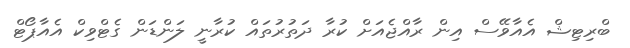
ބްރިޓިޝް އެއާވޭސް އިން ރާއްޖެއަށް ކުރާ ދަތުރުތައް ކުރާނީ ލަންޑަން ގެޓްވިކް އެއާޕޯޓް